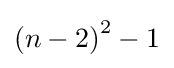
\left(n-2\right)^{2}-1